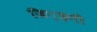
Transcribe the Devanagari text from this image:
जिन्‍दगी